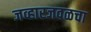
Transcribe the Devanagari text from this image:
जव्हारजवळचा